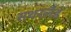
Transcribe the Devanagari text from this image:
सथरलँड